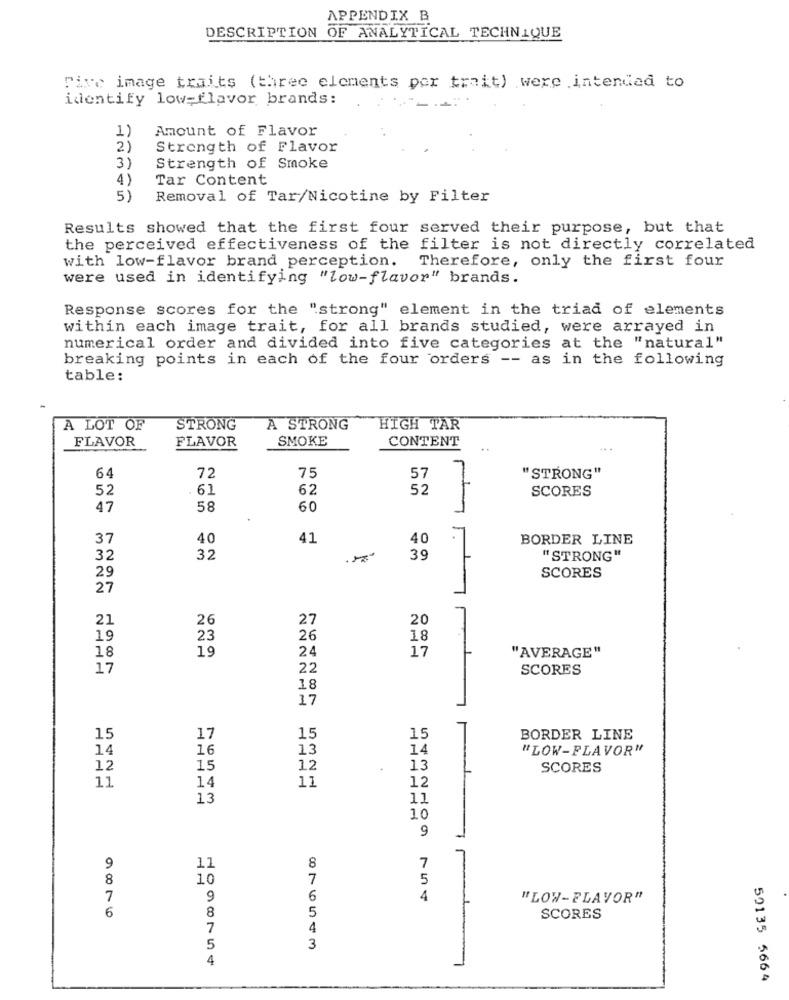
APPENDIX B
DESCRIPTION OF ANALYTICAL TECHNIQUE
Tive image traits (three elements por trait) were intended to
identify low=flavor brands:
1)
Amount of Flavor
2)
Strength of Flavor
Strength of Smoke
4)
Tar Content
5)
Removal of Tar/Nicotine by Filter
Results showed that the first four served their purpose, but that
the perceived effectiveness of the filter is not directly correlated
with low-flavor brand perception. Therefore, only the first four
were used in identifying "low-flavor" brands.
Response scores for the "strong" element in the triad of elements
within each image trait, for all brands studied, were arrayed in
numerical order and divided into five categories at the "natural"
breaking points in each of the four orders -- as in the following
table:
A LOT OF
STRONG
A STRONG
HIGH TAR
FLAVOR
FLAVOR
SMOKE
CONTENT
72
75
64
57
"STRONG"
52
61
62
52
SCORES
47
58
60
37
40
41
40
BORDER LINE
32
32
39
"STRONG"
SCORES
29
27
21
26
27
20
19
23
26
18
18
19
24
17
"AVERAGE"
17
22
SCORES
18
17
15
17
15
15
BORDER LINE
14
16
13
14
"LOW-FLAVOR"
12
15
12
13
SCORES
11
11
14
12
13
11
10
9
9
11
8
7
8
10
7
5
7
9
6
4
"LOW-FLAVOR"
6
8
5
SCORES
7
4
5
3
4
50135 5664